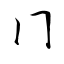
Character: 冂